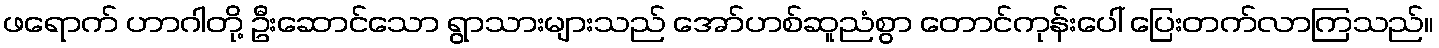
ဖရောက် ဟာဂါတို့ ဦးဆောင်သော ရွာသားများသည် အော်ဟစ်ဆူညံစွာ တောင်ကုန်းပေါ် ပြေးတက်လာကြသည်။